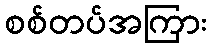
စစ်တပ်အကြား